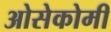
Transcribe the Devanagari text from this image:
ओसेकोमी